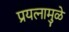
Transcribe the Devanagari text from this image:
प्रयत्‍नामुळे